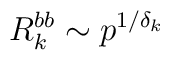
R_k^{bb}\sim p^{1/\delta_k}